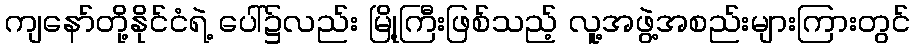
ကျနော်တို့နိုင်ငံရဲ့ ပေါ်၌လည်း မြို့ကြီးဖြစ်သည့် လူ့အဖွဲ့အစည်းများကြားတွင်